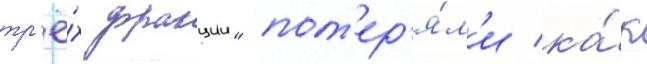
тр'ё́х фракции" пот'ер'я́л'и ка́к